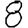
Digit: 8